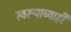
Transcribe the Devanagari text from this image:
स्वरूपाच्याही